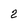
Character: 2